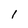
Character: 1